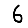
Digit: 6